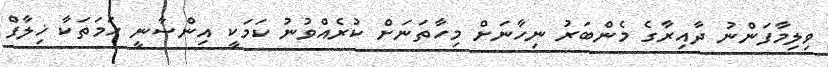
ވިލިމާފަންނު ދާއިރާގެ މެންބަރު ނިހާނަށް މިހާތަނަށް ކުރެއްވުނު ކަމަކީ އިންސާނީ ހަމަތަކާ ޚިލާފް